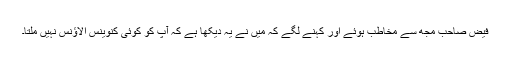
فیض صاحب مجھ سے مخاطب ہوئے اور کہنے لگے کہ میں نے یہ دیکھا ہے کہ آپ کو کوئی کنوینس الاؤنس نہیں ملتا۔